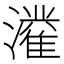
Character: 𱩴